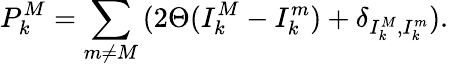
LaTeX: P_{k}^{M}=\sum_{m\neq M}{(2\Theta(I_{k}^{M}-I_{k}^{m})+\delta_{I_{k}^{M},I_{k}^{m}})}.